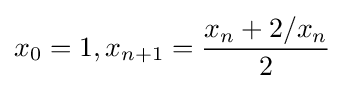
x_{0}=1,x_{n+1}={\frac {x_{n}+2/x_{n}}{2}}